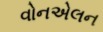
વોનએલન